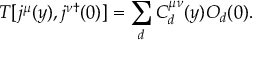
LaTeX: T [ j ^ { \mu } ( y ) , j ^ { \nu \dagger } ( 0 ) ] = \sum _ { d } C _ { d } ^ { \mu \nu } ( y ) O _ { d } ( 0 ) .